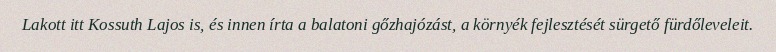
Lakott itt Kossuth Lajos is, és innen írta a balatoni gőzhajózást, a környék fejlesztését sürgető fürdőleveleit.